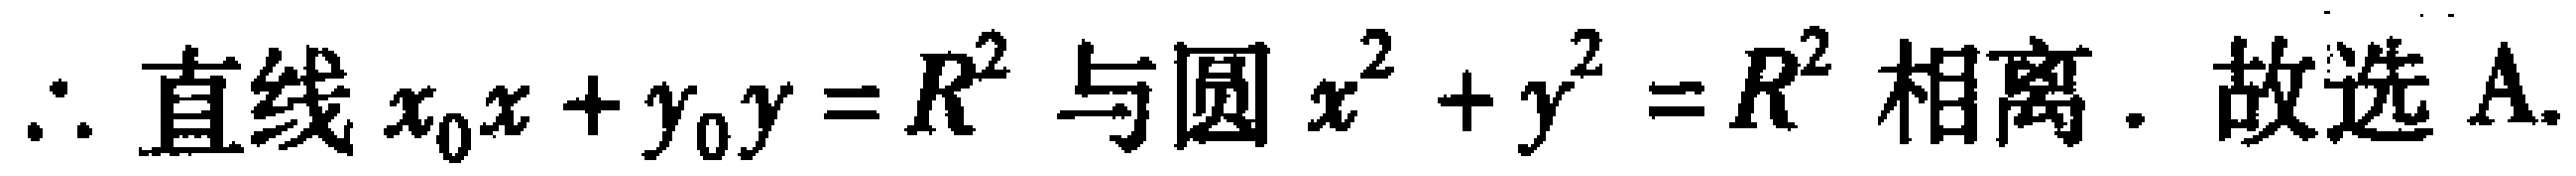
$\therefore$ 直线 $x_{0}x + y_{0}y = R^{2}$ 与圆 $x^{2} + y^{2} = R^{2}$ 相离. 故选 A.